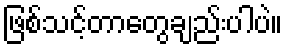
ဖြစ်သင့်တာတွေချည်းပါပဲ။